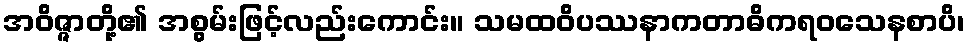
အဝိဇ္ဇာတို့၏ အစွမ်းဖြင့်လည်းကောင်း။ သမထဝိပဿနာကတာဓိကရဝသေနစာပိ၊